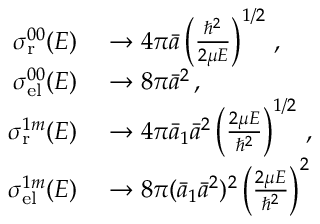
\begin{array} { r l } { \sigma _ { \mathrm { r } } ^ { 0 0 } ( E ) } & { { } \to 4 \pi \bar { a } \left( \frac { \hbar ^ { 2 } } { 2 \mu E } \right) ^ { 1 / 2 } \, , } \\ { \sigma _ { \mathrm { e l } } ^ { 0 0 } ( E ) } & { { } \to 8 \pi { \bar { a } } ^ { 2 } \, , } \\ { \sigma _ { \mathrm { r } } ^ { 1 m } ( E ) } & { { } \to 4 \pi \bar { a } _ { 1 } { \bar { a } } ^ { 2 } \left( \frac { 2 \mu E } { \hbar ^ { 2 } } \right) ^ { 1 / 2 } \, , } \\ { \sigma _ { \mathrm { e l } } ^ { 1 m } ( E ) } & { { } \to 8 \pi ( \bar { a } _ { 1 } { \bar { a } } ^ { 2 } ) ^ { 2 } \left( \frac { 2 \mu E } { \hbar ^ { 2 } } \right) ^ { 2 } } \end{array}